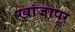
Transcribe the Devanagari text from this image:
खांजापूर